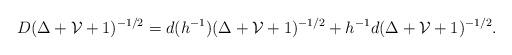
LaTeX: \begin{align*}D(\Delta+\mathcal{V}+1)^{-1/2}=d(h^{-1})(\Delta+\mathcal{V}+1)^{-1/2}+h^{-1}d(\Delta+\mathcal{V}+1)^{-1/2}.\end{align*}